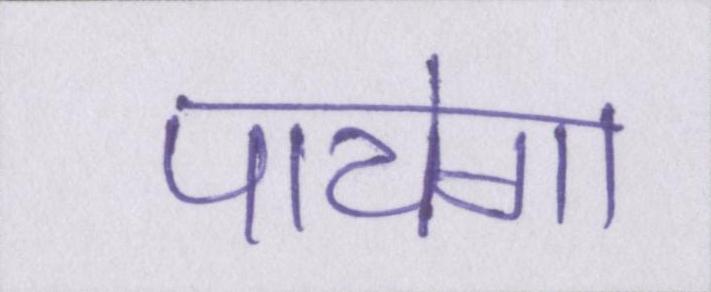
पायेगा